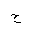
Letter: _ha